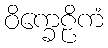
ဝိက္ခေဠိကံ